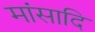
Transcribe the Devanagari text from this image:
मांसादि